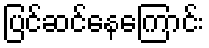
ပြင်ဆင်နေကြောင်း